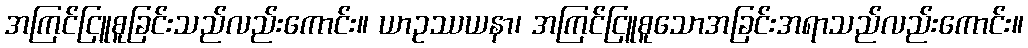
အကြင်ငြူစူခြင်းသည်လည်းကောင်း။ ယာဥဿယနာ၊ အကြင်ငြူစူသောအခြင်းအရာသည်လည်းကောင်း။